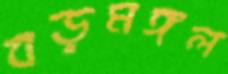
বড়মঙ্গল